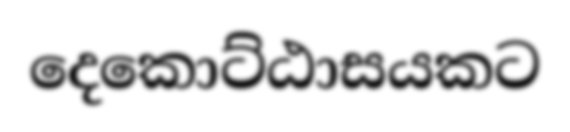
දෙකොට්ඨාසයකට